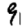
Digit: 9